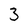
Character: 3